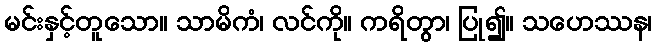
မင်းနှင့်တူသော။ သာမိကံ၊ လင်ကို။ ကရိတွာ၊ ပြု၍။ သဟေဿန၊